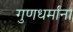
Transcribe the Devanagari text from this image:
गुणधर्मांना